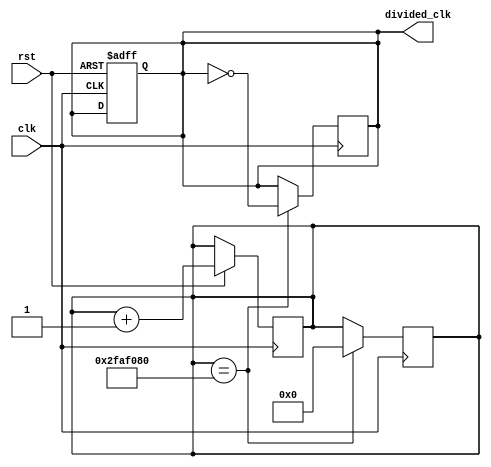
module divider_1000ms(input clk, input rst, output reg divided_clk);//1000ms
  reg [25:0] counter = 0;

  always @(posedge clk, negedge rst) begin
	  if (!rst) 
      divided_clk = 1'b0;
    else
      counter <= counter + 1'd1;
  end

  always @(posedge clk) begin
    if (counter == 26'd5000_0000) begin
      counter <= 0;
      divided_clk <= ~divided_clk;
    end
  end
endmodule